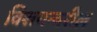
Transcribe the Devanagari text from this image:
विशयन्वरील